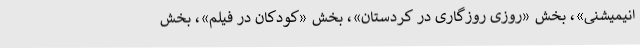
انیمیشنی»، بخش «روزی روزگاری در کُردستان»، بخش «کودکان در فیلم»، بخش